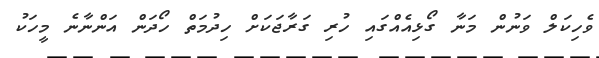
ވެހިކަލް ވަނުން މަނާ ގޯޅިއެއްގައި ހުރި ގަރާޖަކަށް ހިދުމަތް ހޯދަން އަންނާނެ މީހަކު